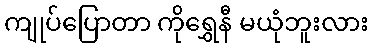
ကျုပ်ပြောတာ ကိုရွှေနီ မယုံဘူးလား